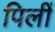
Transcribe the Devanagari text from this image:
पिलीं